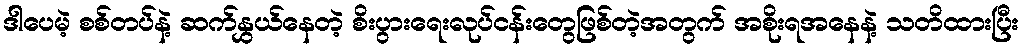
ဒါပေမဲ့ စစ်တပ်နဲ့ ဆက်နွှယ်နေတဲ့ စိးပွားရေးလုပ်ငန်းတွေဖြစ်တဲ့အတွက် အစိုးရအနေနဲ့ သတိထားပြီး